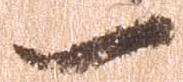
一